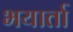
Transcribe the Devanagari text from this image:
भयार्ता